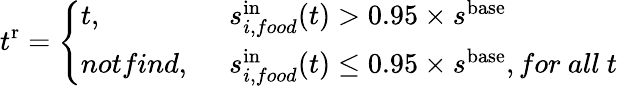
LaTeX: t^{\mathrm{r}}=\left\{ \begin{array}{ll}{t,}&{~~s_{i,food}^{\mathrm{in}}(t)>0.95\times s^{\mathrm{base}}}\\ {notfind,}&{~~s_{i,food}^{\mathrm{in}}(t)\le 0.95\times s^{\mathrm{base}},for~all~t}\end{array}\right.